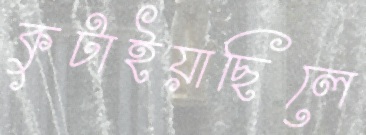
কুটাইয়াছিলে